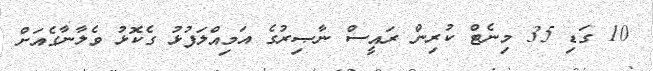
10 ގަޑި 35 މިނެޓް ކުރިން ރައީސް ނާޞިރުގެ އަމިއްލަފުޅު ގެކޮޅު ވެލާނާގެއަށް